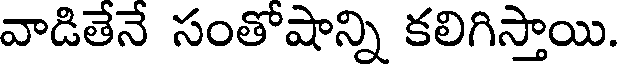
వాడితేనే సంతోషాన్ని కలిగిస్తాయి.